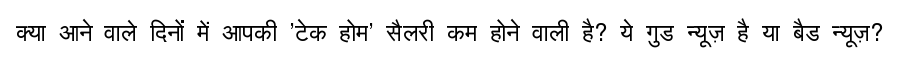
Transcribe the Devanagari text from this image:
क्या आने वाले दिनों में आपकी 'टेक होम' सैलरी कम होने वाली है? ये गुड न्यूज़ है या बैड न्यूज़?